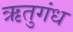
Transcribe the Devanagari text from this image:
ऋतुगंध